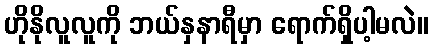
ဟိုနိုလူလူကို ဘယ်နှနာရီမှာ ရောက်ရှိပါ့မလဲ။